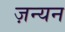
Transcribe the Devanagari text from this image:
ज़न्यन